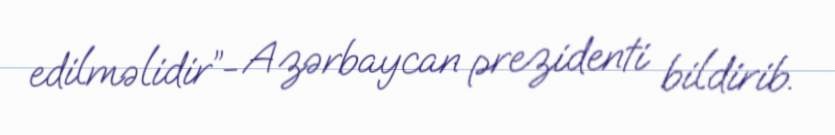
edilməlidir”- Azərbaycan prezidenti bildirib.